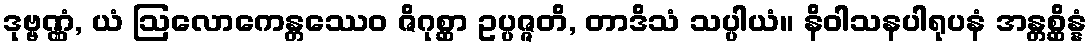
ဒုဗ္ဗဏ္ဏံ, ယံ ဩလောကေန္တဿေဝ ဇိဂုစ္ဆာ ဥပ္ပဇ္ဇတိ, တာဒိသံ သပ္ပါယံ။ နိဝါသနပါရုပနံ အန္တစ္ဆိန္နံ